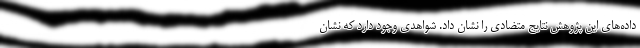
داده‌های این پژوهش نتایج متضادی را نشان داد. شواهدی وجود دارد که نشان